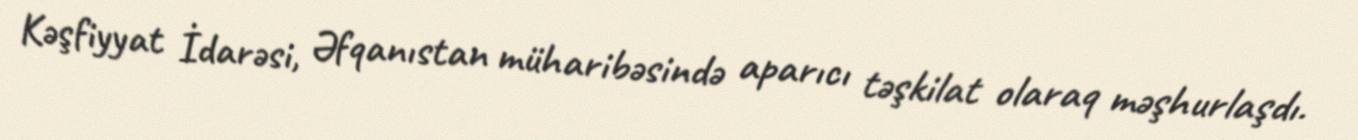
Kəşfiyyat İdarəsi, Əfqanıstan müharibəsində aparıcı təşkilat olaraq məşhurlaşdı.